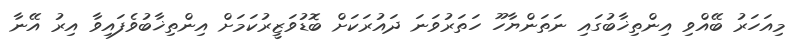
މިއަހަރު ބޭއްވި އިންތިޚާބުގައި ނަތަންޔާހޫ ހަތަރުވަނަ ދައުރަކަށް ބޮޑުވަަޒީރުކަމަށް އިންތިޚާބުވެފައިވާ އިރު އޭނާ